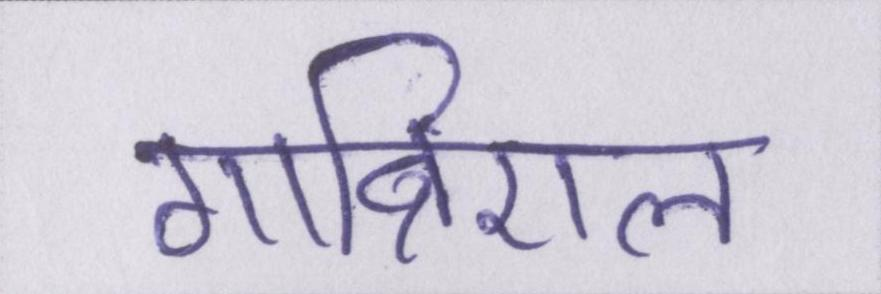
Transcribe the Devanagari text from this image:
गाब्रिएल